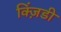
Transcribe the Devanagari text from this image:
क्ज़िंडी